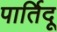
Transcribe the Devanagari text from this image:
पार्तिदू